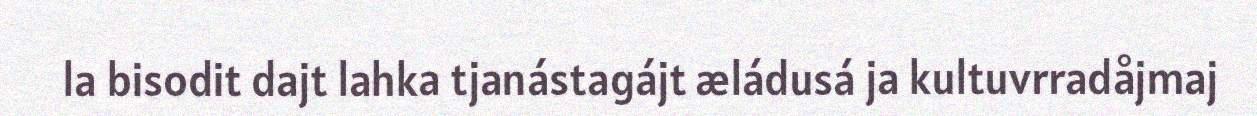
la bisodit dajt lahka tjanástagájt æládusá ja kultuvrradåjmaj